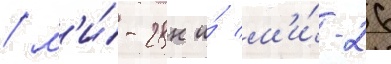
/ м'и́-28н и́ м'и́-26